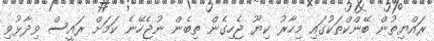
ރައްޔިތުން ބޭންކްތަކުގައި މިހާރު ކިޔޫ ޖެހިގެން ތިބެން ނުޖެހޭނެ ކަމަށް ރައީސް ވިދާޅުވި